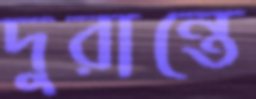
দুরান্তে